Leprosy in India: report of the Leprosy Commission in India, 1890-91
Year: 1890
Disease focus: Leprosy
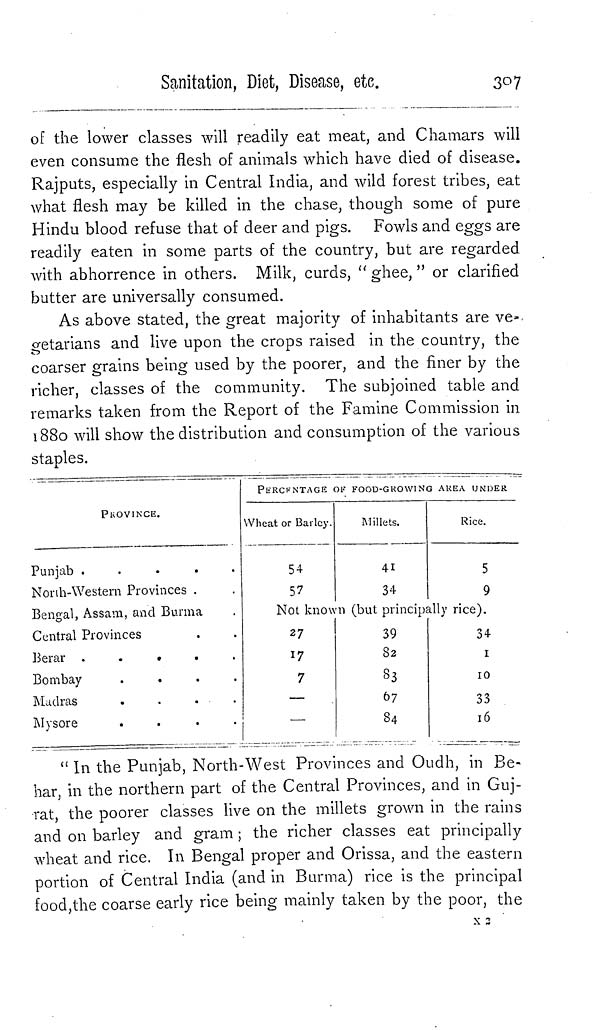
Sanitation, Diet, Disease, etc.
307
of the lower classes will readily eat meat, and Chamars will
even consume the flesh of animals which have died of disease.
Rajputs, especially in Central India, and wild forest tribes, eat
what flesh may be killed in the chase, though some of pure
Hindu blood refuse that of deer and pigs. Fowls and eggs are
readily eaten in some parts of the country, but are regarded
with abhorrence in others. Milk, curds, " ghee, " or clarified
butter are universally consumed.
As above stated, the great majority of inhabitants are ve-
getarians and live upon the crops raised in the country, the
coarser grains being used by the poorer, and the finer by the
richer, classes of the community. The subjoined table and
remarks taken from the Report of the Famine Commission in
1880 will show the distribution and consumption of the various
staples.
PROVINCE.
Punjab
.
.
.
.
.
North-Western Provinces .
Bengal, Assam, and Burma
Central Provinces
Berar
.
B o m b a y
.
.
.
.
M a d r a s
.
.
.
.
M y s o r e
.
PERCENTAGE OF FOOD-GROWING AREA UNDER
Wheat or Barley.
54
57
Millets.
41
34
Rice.
5
9
Not. known (but principally rice).
27
17
7
—
—
39
82
83
67
34
34
1
10
33
16
" In the Punjab, North-West Provinces and Oudh, in Be-
har, in the northern part of the Central Provinces, and in Guj-
rat, the poorer classes live on the millets grown in the rains
and on barley and gram ; the richer classes eat principally
wheat and rice. In Bengal proper and Orissa, and the eastern
portion of Central India (and in Burma) rice is the principal
food, the coarse early rice being mainly taken by the poor, the
x 2